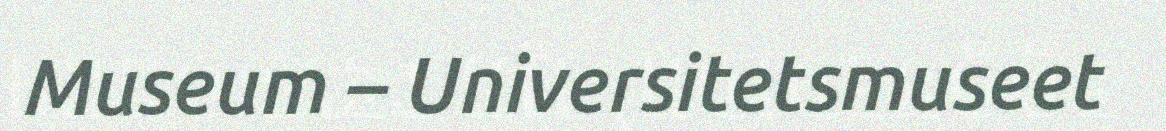
Museum – Universitetsmuseet